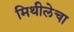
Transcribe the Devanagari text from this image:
मिथीलेचा